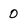
Character: 0